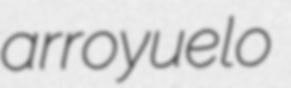
arroyuelo